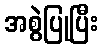
အစွဲပြုပြီး